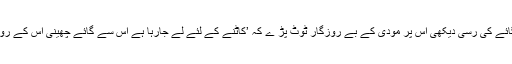
اور اس پر عمل اس طرح ہوا کہ جس مسلمان کے ہاتھ میں گائے کی رسّی دیکھی اس پر مودی کے بے روزگار ٹوٹ پڑ ے کہ ’کاٹنے کے لئے لے جارہا ہے اس سے گائے چھینی اس کے روپئے نکالے موبائل چھینا اور پیٹ پیٹ کر جان سے مار دیا‘۔